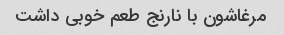
مرغاشون با نارنج طعم خوبی داشت